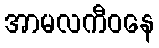
အာမလကီဝနေ